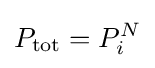
P_{\text{tot}}=P_{i}^{N}